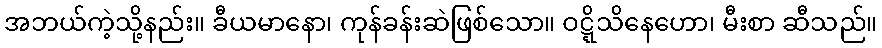
အဘယ်ကဲ့သို့နည်း။ ခီယမာနော၊ ကုန်ခန်းဆဲဖြစ်သော။ ဝဋ္ဋိသိနေဟော၊ မီးစာ ဆီသည်။